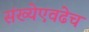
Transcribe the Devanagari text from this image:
संख्येएवढेच